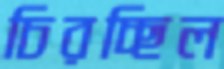
চিরচ্ছিল